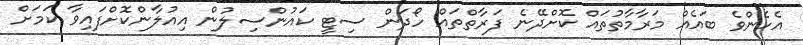
އެހެންވެ ބައެއް މަރާމާތުތައް ކޮށްދޭނެ ފަރާތްތައް ހޯދަން ސިޓީ ކައުންސިލުން އިއުލާންކޮށްފައިވާ ކަމަށް